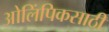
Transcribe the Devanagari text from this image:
ओलिंपिकसाठी